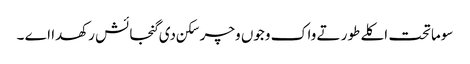
سوماتحت اکلے طور تے واک وجوں وچر سکن دی گنجائش رکھدا اے ۔